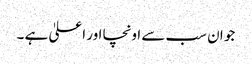
جو ان سب سے اونچا اور اعلیٰ ہے ۔